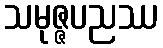
သမုဇ္ဇပညဿ